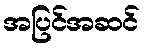
အပြင်အဆင်